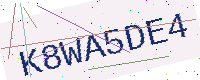
Text: K8WA5DE4